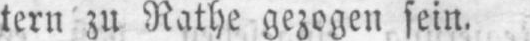
tern zu Rathe gezogen sein.